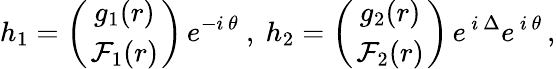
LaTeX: h_{1}=\left({g_{1}(r)}\atop{\mathcal{F}_{1}(r)}\right)\, e^{-i\, \theta}\mathrm{{~,~}}h_{2}=\left({g_{2}(r)}\atop{\mathcal{F}_{2}(r)}\right)\, e^{\, i\, \Delta}e^{\, i\, \theta}\, ,